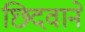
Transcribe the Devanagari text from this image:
छिदवाने